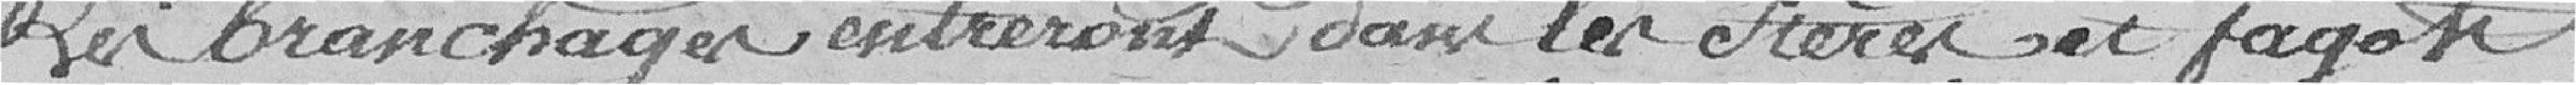
Les branchages entreront dans les stères et fagots.